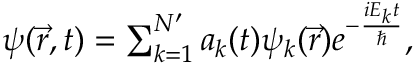
\begin{array} { r } { \psi ( \vec { r } , t ) = \sum _ { k = 1 } ^ { N ^ { \prime } } a _ { k } ( t ) \psi _ { k } ( \vec { r } ) e ^ { - \frac { i E _ { k } t } { \hbar } } , } \end{array}